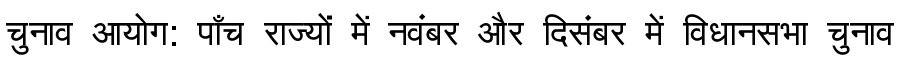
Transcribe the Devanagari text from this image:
चुनाव आयोग: पाँच राज्यों में नवंबर और दिसंबर में विधानसभा चुनाव